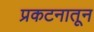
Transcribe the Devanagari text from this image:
प्रकटनातून